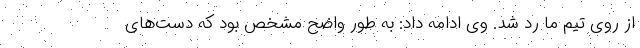
از روی تیم ما رد شد. وی ادامه داد: به طور واضح مشخص بود که دست‌های